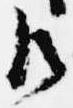
御